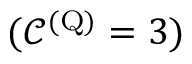
( \mathscr { C } ^ { ( \mathrm { Q } ) } = 3 )